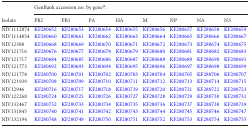
<table><thead><tr><td></td><td colspan="8"><b>GenBank accession no. by gene<sup><i>a</i></sup>:</b></td></tr><tr><td><b>Isolate</b></td><td><b>PB2</b></td><td><b>PB1</b></td><td><b>PA</b></td><td><b>HA</b></td><td><b>M</b></td><td><b>NP</b></td><td><b>NA</b></td><td><b>NS</b></td></tr></thead><tbody><tr><td>NIV1112874</td><td>KF280652</td><td>KF280653</td><td>KF280654</td><td>KF280655</td><td>KF280656</td><td>KF280657</td><td>KF280658</td><td>KF280659</td></tr><tr><td>NIV1114854</td><td>KF280660</td><td>KF280661</td><td>KF280662</td><td>KF280663</td><td>KF280664</td><td>KF280665</td><td>KF280666</td><td>KF280667</td></tr><tr><td>NIV12388</td><td>KF280668</td><td>KF280669</td><td>KF280670</td><td>KF280671</td><td>KF280672</td><td>KF280673</td><td>KF280674</td><td>KF280675</td></tr><tr><td>NIV121716</td><td>KF280676</td><td>KF280677</td><td>KF280678</td><td>KF280679</td><td>KF280680</td><td>KF280681</td><td>KF280682</td><td>KF280683</td></tr><tr><td>NIV121717</td><td>KF280684</td><td>KF280685</td><td>KF280686</td><td>KF280687</td><td>KF280688</td><td>KF280689</td><td>KF280690</td><td>KF280691</td></tr><tr><td>NIV121773</td><td>KF280692</td><td>KF280693</td><td>KF280694</td><td>KF280695</td><td>KF280696</td><td>KF280697</td><td>KF280698</td><td>KF280699</td></tr><tr><td>NIV121778</td><td>KF280700</td><td>KF280701</td><td>KF280702</td><td>KF280703</td><td>KF280704</td><td>KF280705</td><td>KF280706</td><td>KF280707</td></tr><tr><td>NIV121939</td><td>KF280708</td><td>KF280709</td><td>KF280710</td><td>KF280711</td><td>KF280712</td><td>KF280713</td><td>KF280714</td><td>KF280715</td></tr><tr><td>NIV12946</td><td>KF280716</td><td>KF280717</td><td>KF280718</td><td>KF280719</td><td>KF280720</td><td>KF280721</td><td>KF280722</td><td>KF280723</td></tr><tr><td>NIV122268</td><td>KF280724</td><td>KF280725</td><td>KF280726</td><td>KF280727</td><td>KF280728</td><td>KF280729</td><td>KF280730</td><td>KF280731</td></tr><tr><td>NIV132467</td><td>KF280732</td><td>KF280733</td><td>KF280734</td><td>KF280735</td><td>KF280736</td><td>KF280737</td><td>KF280738</td><td>KF280739</td></tr><tr><td>NIV131845</td><td>KF280740</td><td>KF280741</td><td>KF280742</td><td>KF280743</td><td>KF280744</td><td>KF280745</td><td>KF280746</td><td>KF280747</td></tr><tr><td>NIV132194</td><td>KF280748</td><td>KF280749</td><td>KF280750</td><td>KF280751</td><td>KF280752</td><td>KF280753</td><td>KF280754</td><td>KF280755</td></tr></tbody></table>